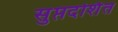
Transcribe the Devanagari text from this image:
सुप्तदर्शित